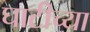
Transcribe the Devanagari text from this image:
घाटीच्या